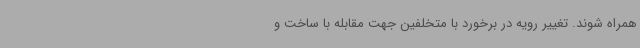
همراه شوند. تغییر رویه در برخورد با متخلفین جهت مقابله با ساخت و